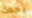
يحدث